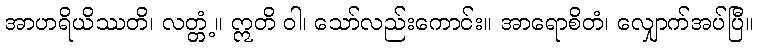
အာဟရိယိဿတိ၊ လတ္တံ့။ ဣတိ ဝါ၊ သော်လည်းကောင်း။ အာရောစိတံ၊ လျှောက်အပ်ပြီ။